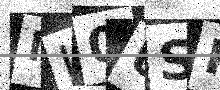
Text: NL0USK